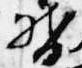
督